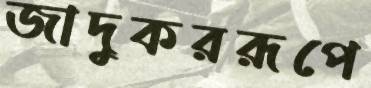
জাদুকররূপে